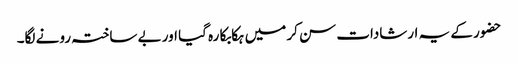
حضور کے یہ ارشادات سن کر میں ہکابکا رہ گیا اور بے ساختہ رونے لگا۔